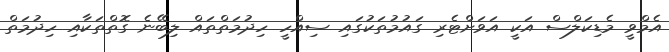
އެމްވީ މެޑިކަލްސް އަކީ އަވަށްޓެރި ގައުމުތަކުގައި ސިއްހީ ހިދުމަތްތައް ލިބޭނެ ގޮތްތަކާއި ހިދުމަތް